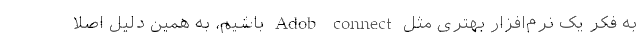
به فکر یک نرم‌افزار بهتری مثل Adob connect باشیم، به همین دلیل اصلا